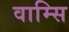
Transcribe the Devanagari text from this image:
वाम्सि